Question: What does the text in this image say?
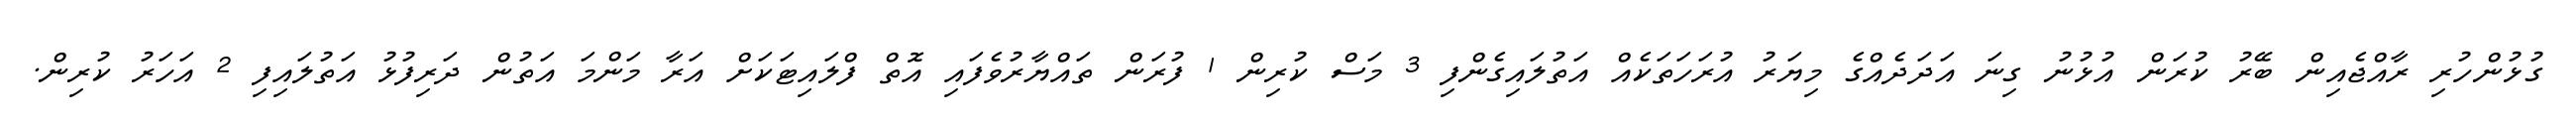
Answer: ގުޅުންހުރި ރާއްޖެއިން ބޭރު ކުރަން އުޅުނު ގިނަ އަދަދެއްގެ މިޔަރު އުރަހަތަކެއް އަތުލައިގެންފި 3 މަސް ކުރިން 1 ފުރަން ތައްޔާރުވެފައި އޮތް ފްލައިޓަކަށް އަރާ މަންމަ އަތުން ދަރިފުޅު އަތުލައިފި 2 އަހަރު ކުރިން.